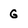
Character: G